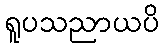
ရူပသညာယပိ